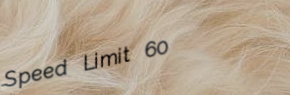
Speed Limit 60